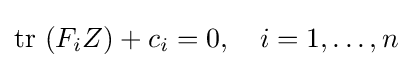
\mathrm {tr} \ (F_{i}Z)+c_{i}=0,\quad i=1,\dots ,n